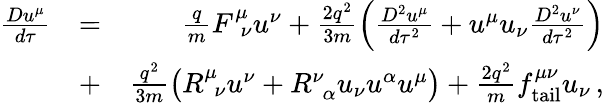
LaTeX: \begin{array}{rlr}{\frac{Du^{\mu}}{d\tau}}&{=}&{\frac{q}{m}F_{\ \ \nu}^{\mu}u^{\nu}+\frac{2q^{2}}{3m}\left(\frac{D^{2}u^{\mu}}{d\tau^{2}}+u^{\mu}u_{\nu}\frac{D^{2}u^{\nu}}{d\tau^{2}}\right)}\\ &{+}&{\frac{q^{2}}{3m}\left(R_{\ \ \nu}^{\mu}u^{\nu}+R_{\ \ \alpha}^{\nu}u_{\nu}u^{\alpha}u^{\mu}\right)+\frac{2q^{2}}{m}f_{\mathrm{tail}}^{\mu\nu}u_{\nu}\, ,}\end{array}